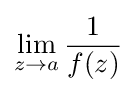
\lim _{z\to a}{\frac {1}{f(z)}}